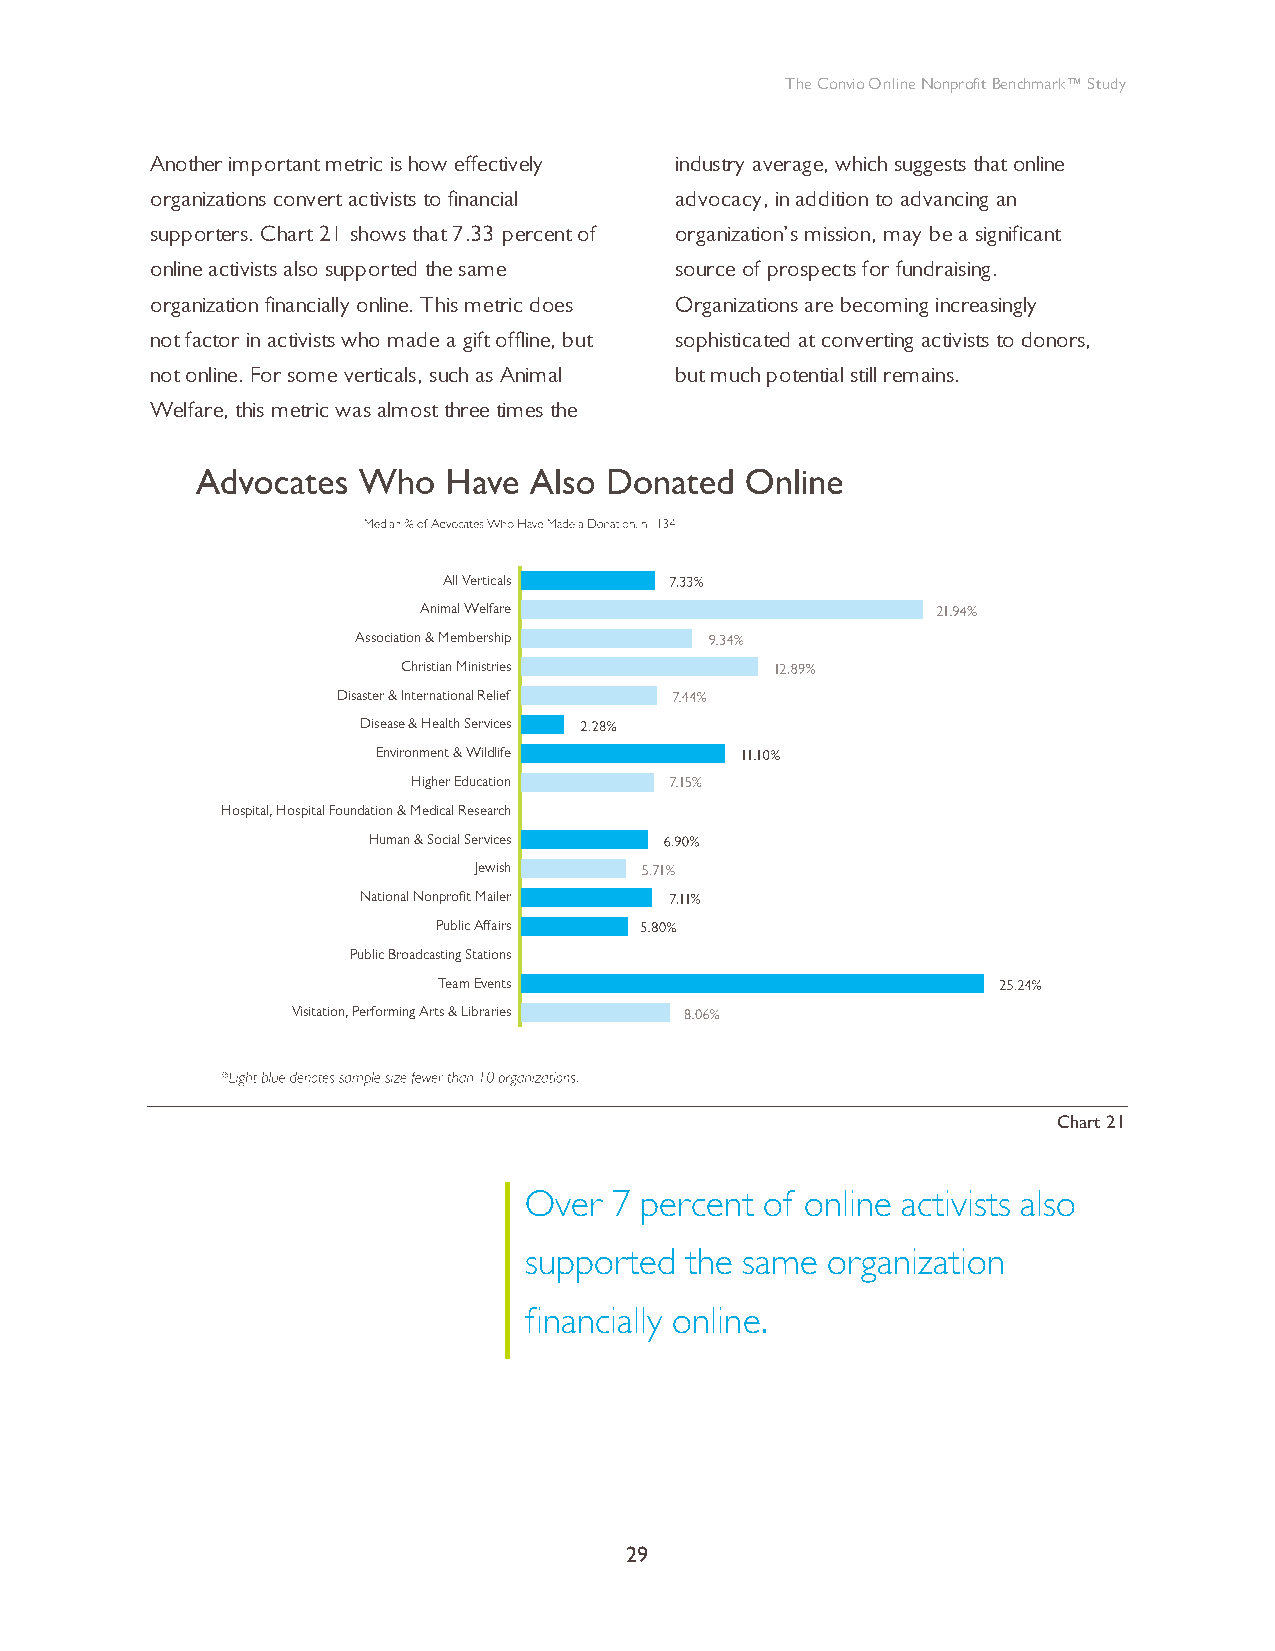
The Convio Online Nonprofit Benchmark™ Study
 Another important metric is how effectively industry average, which suggests that online
 organizations convert activists to financial advocacy, in addition to advancing an
 supporters. Chart 21 shows that 7.33 percent of organization’s mission, may be a significant
 online activists also supported the same source of prospects for fundraising.
 organization financially online. This metric does Organizations are becoming increasingly
 not factor in activists who made a gift offline, but sophisticated at converting activists to donors,
 not online. For some verticals, such as Animal but much potential still remains.
 Welfare, this metric was almost three times the
 All Verticals
 Animal Welfare
 Association & Membership
 Christian Ministries
 Disaster & International Relief
 Disease & Health Services
 Environment & Wildlife
 Higher Education
 Hospital, Hospital Foundation & Medical Research
 Human & Social Services
 Jewish
 National Nonprofit Mailer
 Public Affairs
 Public Broadcasting Stations
 Team Events
 Visitation, Performing Arts & Libraries
 0     5     10    15    20    25    30
 Chart 21
 Over  7 percent of online activists also
 supported the same  organization
 financially online.
 29